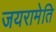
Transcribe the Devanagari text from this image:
जयरामेति